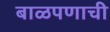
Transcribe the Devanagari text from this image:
बाळपणाची